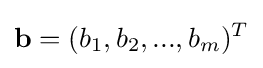
\mathbf {b} =(b_{1},b_{2},...,b_{m})^{T}